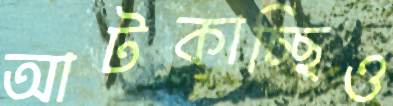
আটকাচ্ছিও